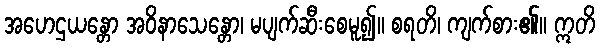
အဟေဌယန္တော အဝိနာသေန္တော၊ မပျက်ဆီးစေမူ၍။ စရတိ၊ ကျက်စား၏။ ဣတိ